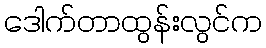
ဒေါက်တာထွန်းလွင်က